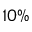
1 0 \%